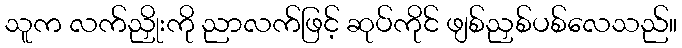
သူက လက်ညှိုးကို ညာလက်ဖြင့် ဆုပ်ကိုင် ဖျစ်ညှစ်ပစ်လေသည်။